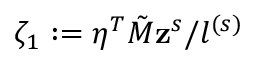
\zeta _ { 1 } : = \eta ^ { T } \tilde { M } \mathbf { z } ^ { s } / l ^ { ( s ) }